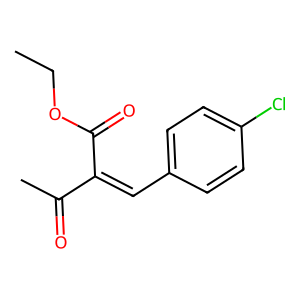
SMILES: CCOC(=O)C(=Cc1ccc(Cl)cc1)C(C)=O
Inhibits HIV replication: No